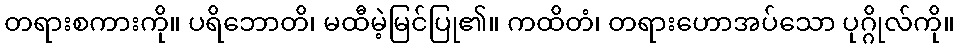
တရားစကားကို။ ပရိဘောတိ၊ မထီမဲ့မြင်ပြု၏။ ကထိတံ၊ တရားဟောအပ်သော ပုဂ္ဂိုလ်ကို။